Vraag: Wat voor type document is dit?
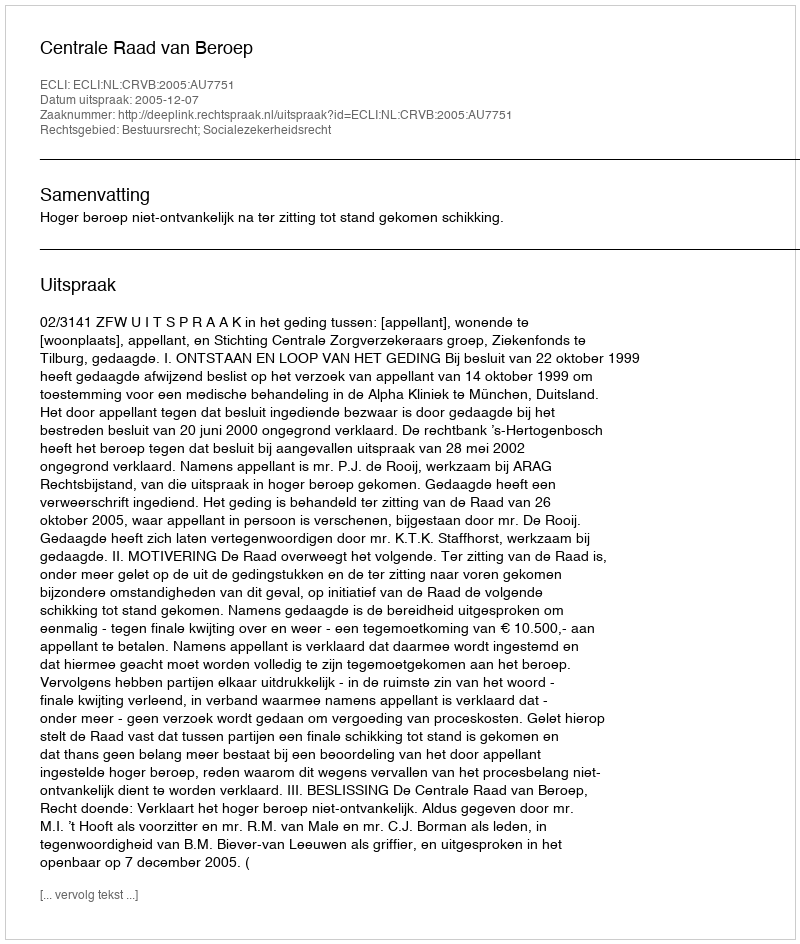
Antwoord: Uitspraak